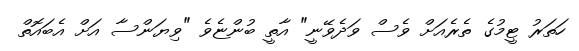
ހަތަރު ޓީމުގެ ތެރެއަށް ވެސް ވަދެވޭނީ" އާތީ ބުންޏެވެ "ވިޔަންސާ އަށް އެބައޮތް